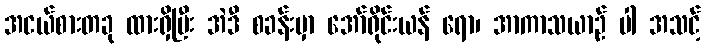
အငယ်စားတခု ထားရှိပြီး အဲဒီ စခန်းမှာ အော်ရိုင်းယန် ရော၊ အာကာသယာဉ် ပါ အသင့်